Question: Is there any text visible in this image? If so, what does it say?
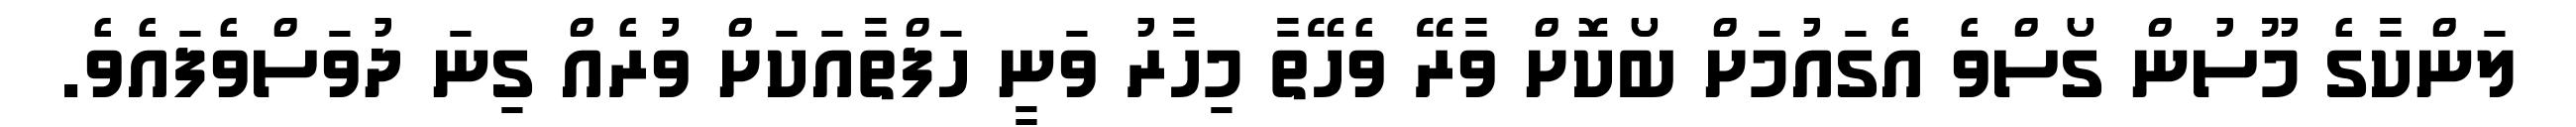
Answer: ލަންކާގެ މޫސުން ގޯސްވެ އެގައުމަށް ބޯކޮށް ވާރޭ ވެހޭތާ މިހާރު ވަނީ ހަފްތާއަކަށް ވުރެއް ގިނަ ދުވަސްވެފައެވެ.